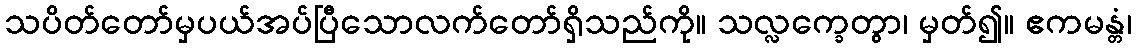
သပိတ်တော်မှပယ်အပ်ပြီသောလက်တော်ရှိသည်ကို။ သလ္လက္ခေတွာ၊ မှတ်၍။ ဧကမန္တံ၊